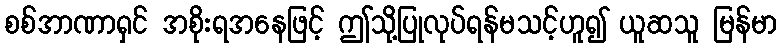
စစ်အာဏာရှင် အစိုးရအနေဖြင့် ဤသို့ပြုလုပ်ရန်မသင့်ဟူ၍ ယူဆသူ မြန်မာ